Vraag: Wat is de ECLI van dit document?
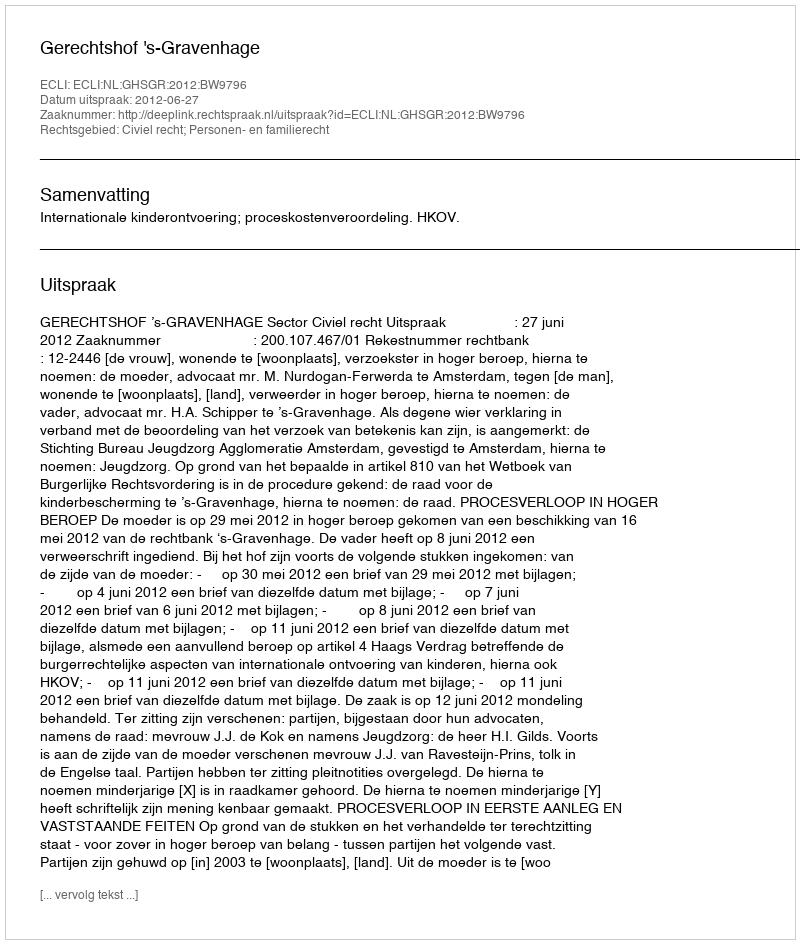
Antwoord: ECLI:NL:GHSGR:2012:BW9796